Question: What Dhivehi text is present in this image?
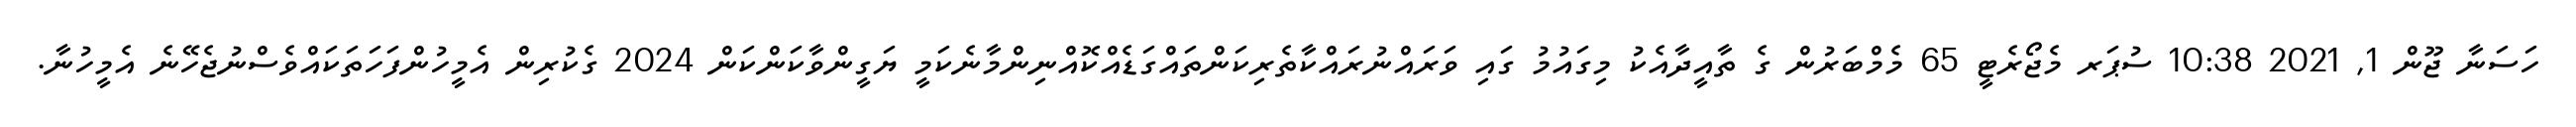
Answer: ހަސަނާ ޖޫން 1, 2021 10:38 ސުޕަރ މެޖޯރެޓީ 65 މެމްބަރުން ގެ ތާއީދާއެކު މިގައުމު ގައި ވަރައްނުރައްކާތެރިކަންތައްގަޑެއްކޮއްނިންމާނެކަމީ ޔަގީންވާކަންކަން 2024 ގެކުރިން އެމީހުންފަހަތަކައްވެސްނުޖެހޭނެ އެމީހުނާ.